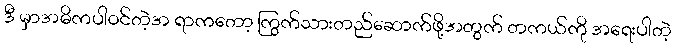
ဒီ မှာအဓိကပါဝင်တဲ့အ ရာကတော့ ကြွက်သားတည်ဆောက်ဖို့အတွက် တကယ်ကို အရေးပါတဲ့